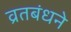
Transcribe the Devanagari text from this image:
व्रतबंधने